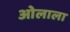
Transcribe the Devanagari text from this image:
ओलाला